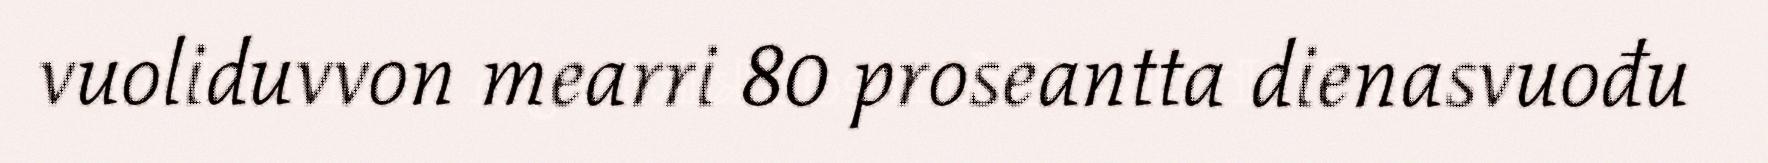
vuoliduvvon mearri 80 proseantta dienasvuođu